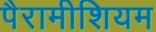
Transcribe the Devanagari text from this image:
पैरामीशियम